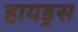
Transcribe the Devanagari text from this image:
हायड्रस